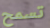
تسمح